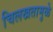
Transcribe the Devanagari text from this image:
चिलखतामुळे